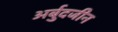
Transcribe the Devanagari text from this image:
अर्बुदजीन